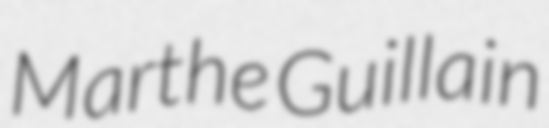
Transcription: Marthe Guillain